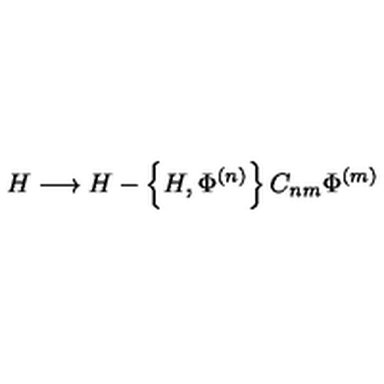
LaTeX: H \longrightarrow H - \left\{ H , \Phi ^ { ( n ) } \right\} C _ { n m } \Phi ^ { ( m ) }